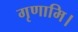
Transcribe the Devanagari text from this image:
गृणामि।